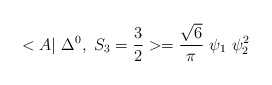
\begin{align*}<A|~\Delta^{0},~ S_3=\frac{3}{2} >= \frac{\sqrt{6}}{\pi} ~\psi_1~\psi_2^2\end{align*}